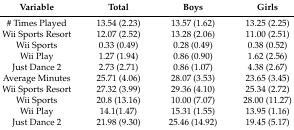
| Variable | Total | Boys | Girls |
 | --- | --- | --- | --- |
 | # Times Played | 13.54 (2.23) | 13.57 (1.62) | 13.25 (2.25) |
 | Wii Sports Resort | 12.07 (2.52) | 13.28 (2.06) | 11.00 (2.51) |
 | Wii Sports | 0.33 (0.49) | 0.28 (0.49) | 0.38 (0.52) |
 | Wii Play | 1.27 (1.94) | 0.86 (0.90) | 1.62 (2.56) |
 | Just Dance 2 | 2.73 (2.71) | 0.86 (1.07) | 4.38 (2.67) |
 | Average Minutes | 25.71 (4.06) | 28.07 (3.53) | 23.65 (3.45) |
 | Wii Sports Resort | 27.32 (3.99) | 29.36 (4.10) | 25.34 (2.72) |
 | Wii Sports | 20.8 (13.16) | 10.00 (7.07) | 28.00 (11.27) |
 | Wii Play | 14.1(1.47) | 15.31 (1.55) | 13.95 (1.16) |
 | Just Dance 2 | 21.98 (9.30) | 25.46 (14.92) | 19.45 (5.17) |